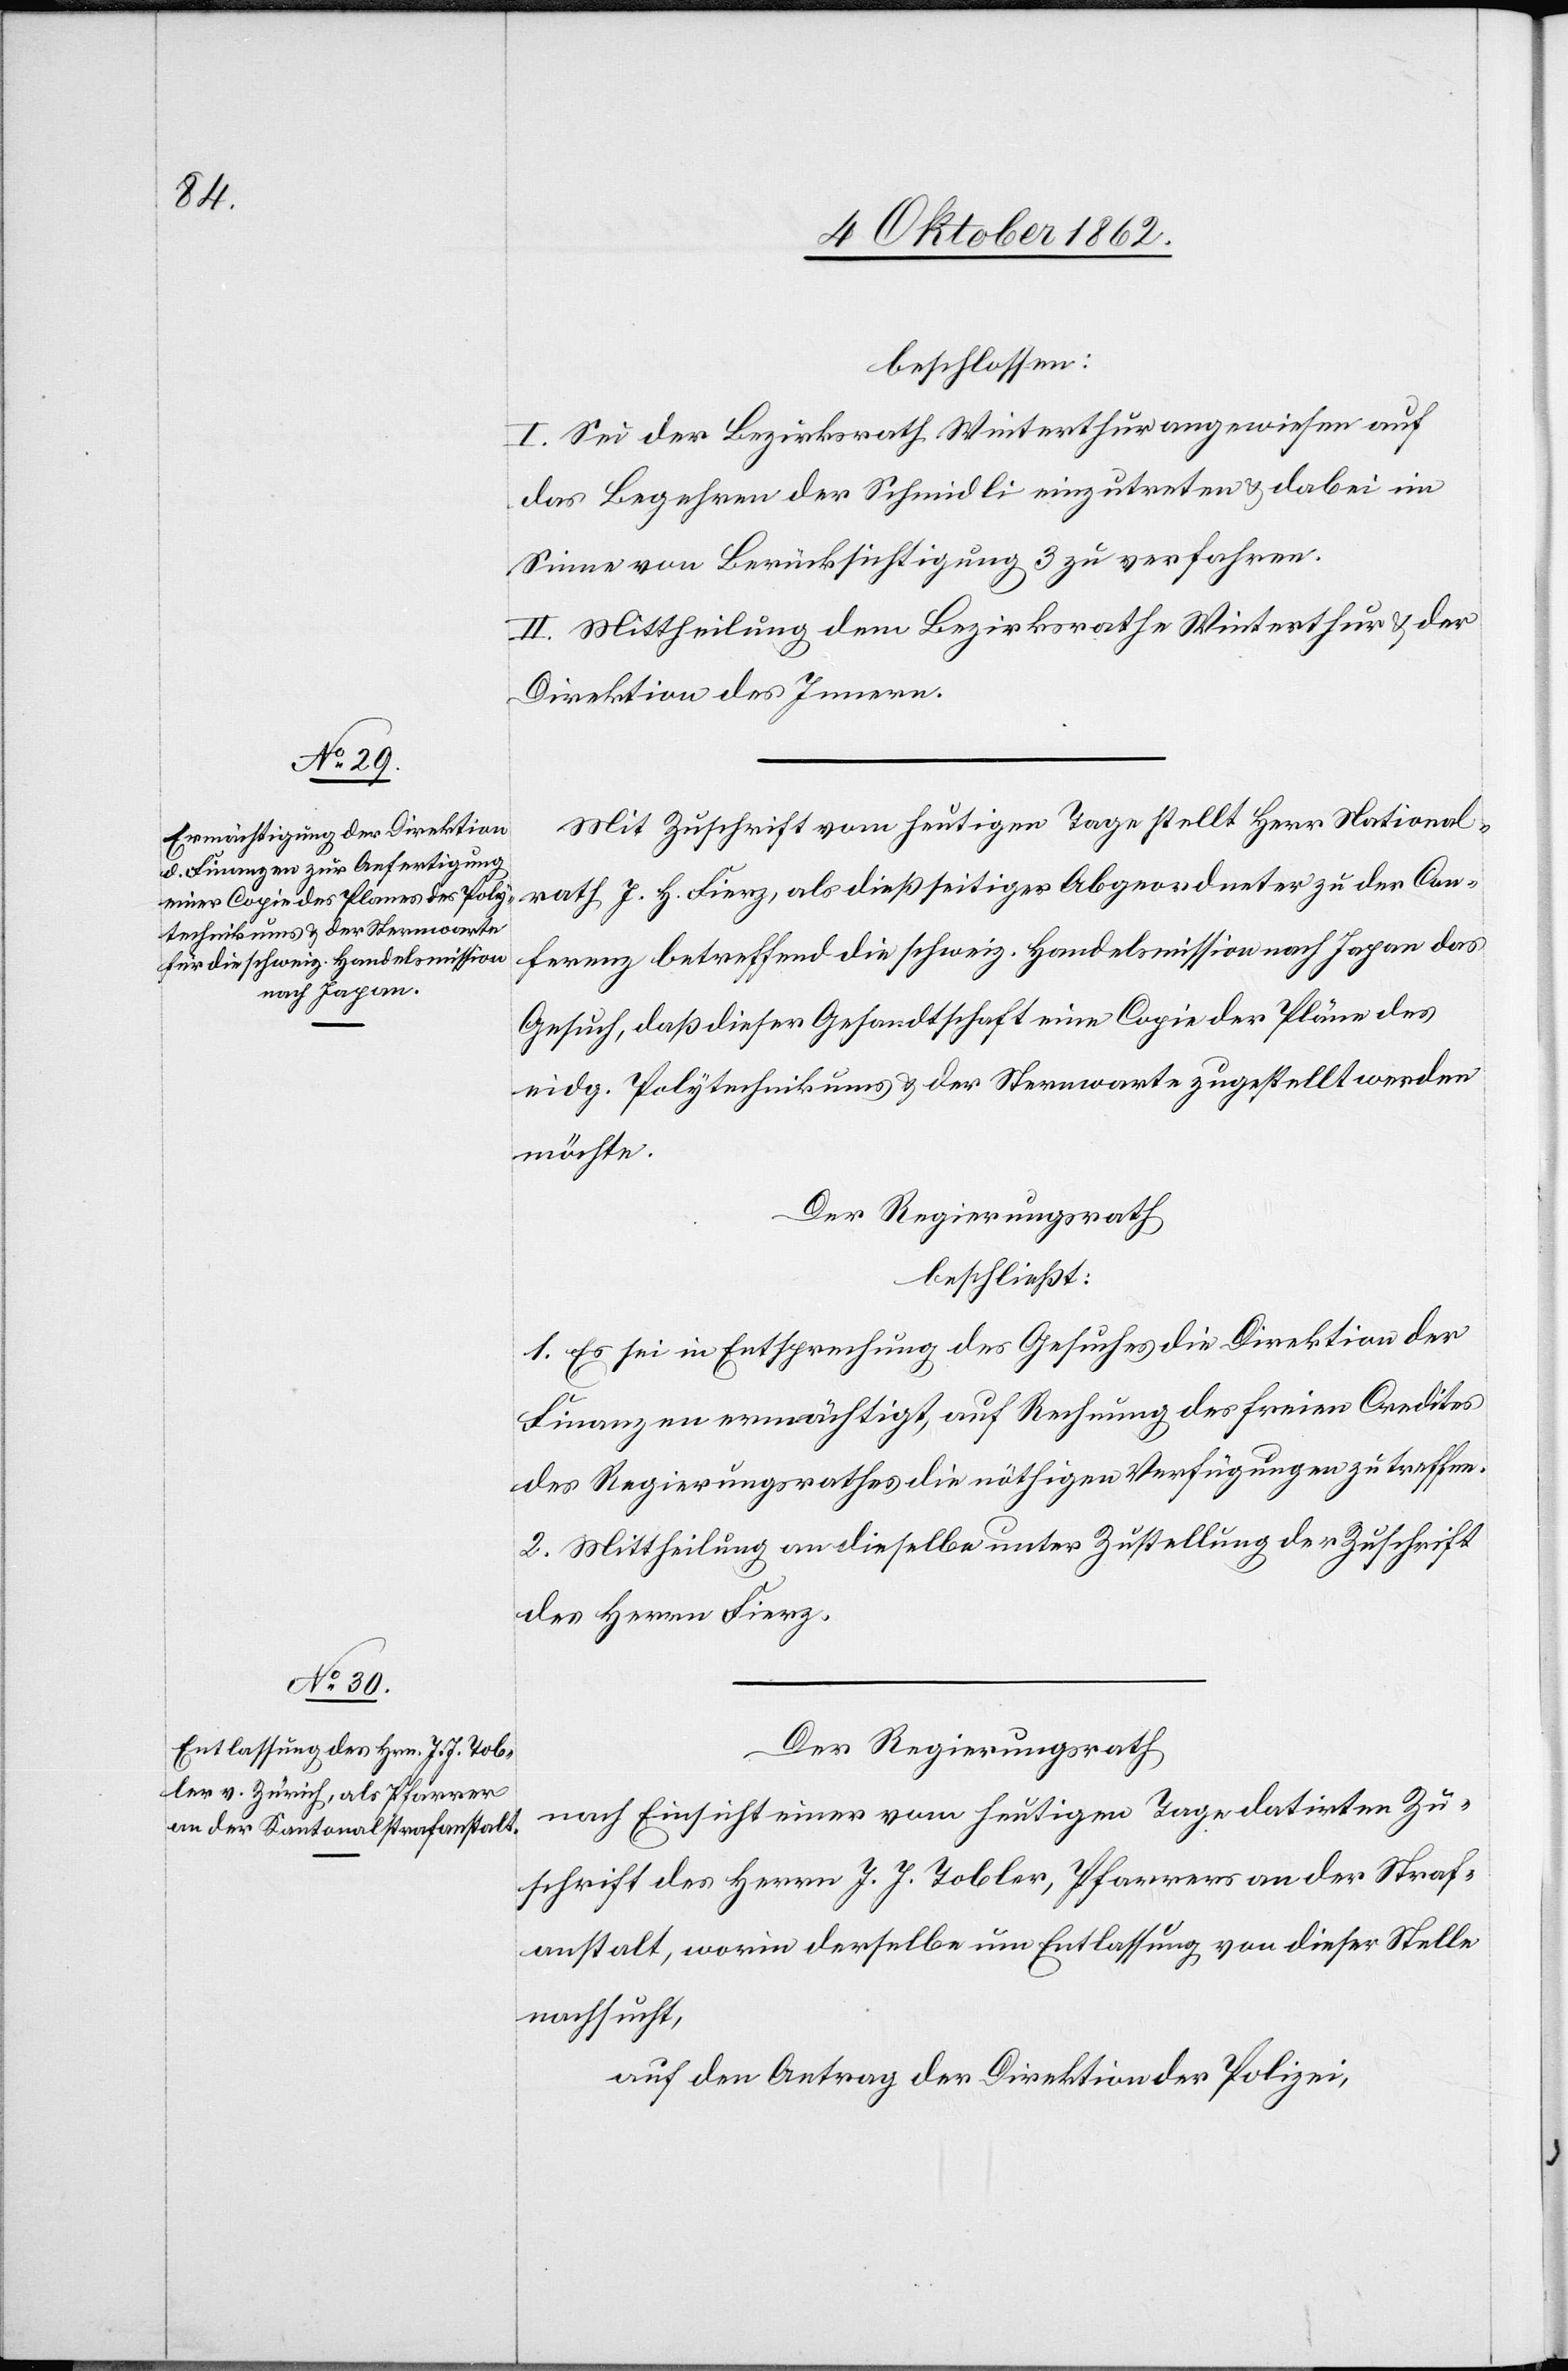
beschlossen:
I. Sei der Bezirksrath Winterthur angewiesen auf
das Begehren der Schmidli einzutreten u. dabei im
Sinne von Berücksichtigung 3 zu verfahren.
II. Mittheilung dem Bezirksrathe Winterthur u. der
Direktion des Innern.
Mit Zuschrift vom heutigen Tage stellt Herr National¬
rath J. H. Fierz, als dießseitiger Abgeordneter zu der Con¬
ferenz betreffend die schweiz. Handelsmission nach Japan das
Gesuch, daß dieser Gesandtschaft deine Copie der Pläne des
eidg. Polytechnikums u. der Sternwarte zugestellt werden
möchte.
Der Regierungsrath
beschließt:
1. Es sei in Entsprechung des Gesuches die Direktion der
Finanzen ermächtigt, auf Rechnung des freien Credites
des Regierungsrathes die nöthigen Verfügungen zu treffen.
2. Mittheilung an dieselbe unter Zustellung der Zuschrift
des Herrn Fierz.
Der Regierungsrath
nach Einsicht einer vom heutigen Tage datirten Zu¬
schrift des Herrn J. J. Tobler, Pfarrers an der Straf¬
anstalt, worin derselbe um Entlassung von dieser Stelle
nachsucht,
auf den Antrag der Direktion der Polizei,